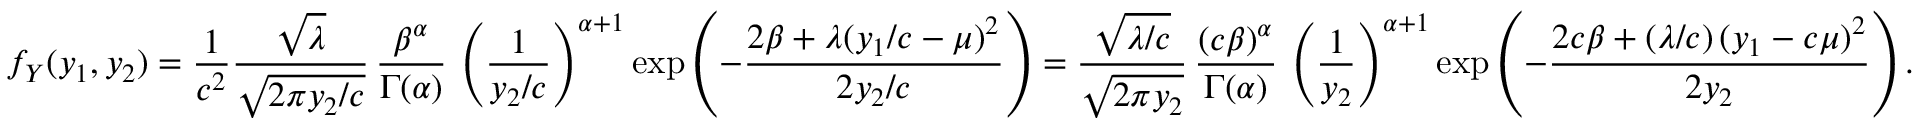
f _ { Y } ( y _ { 1 } , y _ { 2 } ) = { \frac { 1 } { c ^ { 2 } } } { \frac { \sqrt { \lambda } } { \sqrt { 2 \pi y _ { 2 } / c } } } \, { \frac { \beta ^ { \alpha } } { \Gamma ( \alpha ) } } \, \left( { \frac { 1 } { y _ { 2 } / c } } \right) ^ { \alpha + 1 } \exp \left( - { \frac { 2 \beta + \lambda ( y _ { 1 } / c - \mu ) ^ { 2 } } { 2 y _ { 2 } / c } } \right) = { \frac { \sqrt { \lambda / c } } { \sqrt { 2 \pi y _ { 2 } } } } \, { \frac { ( c \beta ) ^ { \alpha } } { \Gamma ( \alpha ) } } \, \left( { \frac { 1 } { y _ { 2 } } } \right) ^ { \alpha + 1 } \exp \left( - { \frac { 2 c \beta + ( \lambda / c ) \, ( y _ { 1 } - c \mu ) ^ { 2 } } { 2 y _ { 2 } } } \right) .